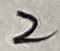
Text: 2